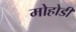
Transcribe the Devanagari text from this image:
मोहोडी